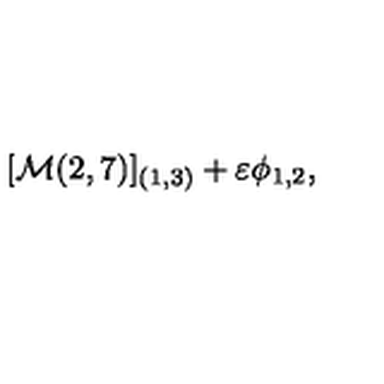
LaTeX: [ { \cal M } ( 2 , 7 ) ] _ { ( 1 , 3 ) } + \varepsilon \phi _ { 1 , 2 } ,